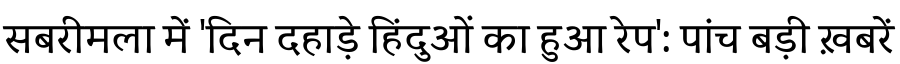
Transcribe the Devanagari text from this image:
सबरीमला में 'दिन दहाड़े हिंदुओं का हुआ रेप': पांच बड़ी ख़बरें